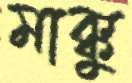
মাক্কু